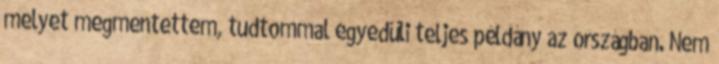
melyet megmentettem, tudtommal egyedüli teljes példány az országban. Nem